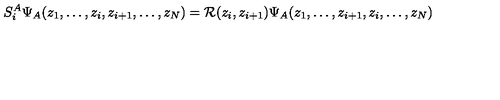
S _ { i } ^ { A } \Psi _ { A } ( z _ { 1 } , \dots , z _ { i } , z _ { i + 1 } , \dots , z _ { N } ) = { \cal R } ( z _ { i } , z _ { i + 1 } ) \Psi _ { A } ( z _ { 1 } , \dots , z _ { i + 1 } , z _ { i } , \dots , z _ { N } )